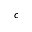
c